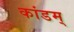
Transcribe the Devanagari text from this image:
कांडम्